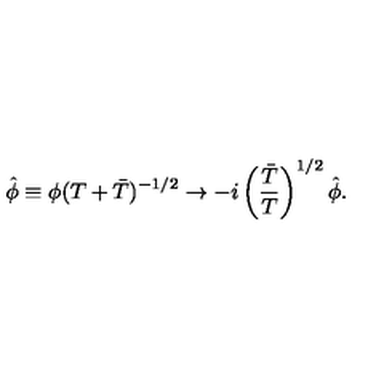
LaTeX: \hat { \phi } \equiv \phi ( T + \bar { T } ) ^ { - 1 / 2 } \rightarrow - i \left( { \frac { \bar { T } } { T } } \right) ^ { 1 / 2 } \hat { \phi } .